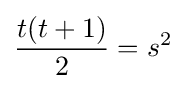
{\frac {t(t+1)}{2}}=s^{2}